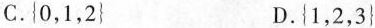
C.{0，1，2 } D.{1，2，3}